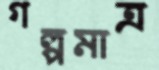
গল্পমাত্র